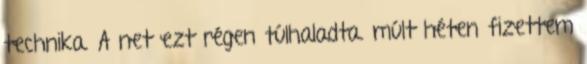
technika. A net ezt régen túlhaladta. múlt héten fizettem